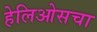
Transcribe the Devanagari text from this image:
हेलिओसचा